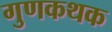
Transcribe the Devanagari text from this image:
गुणकथक